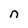
Character: n